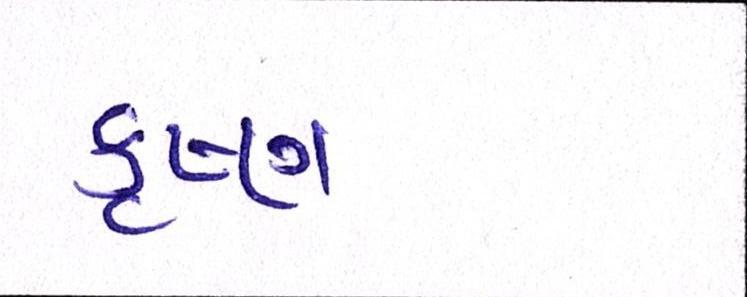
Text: કૃષ્ણ